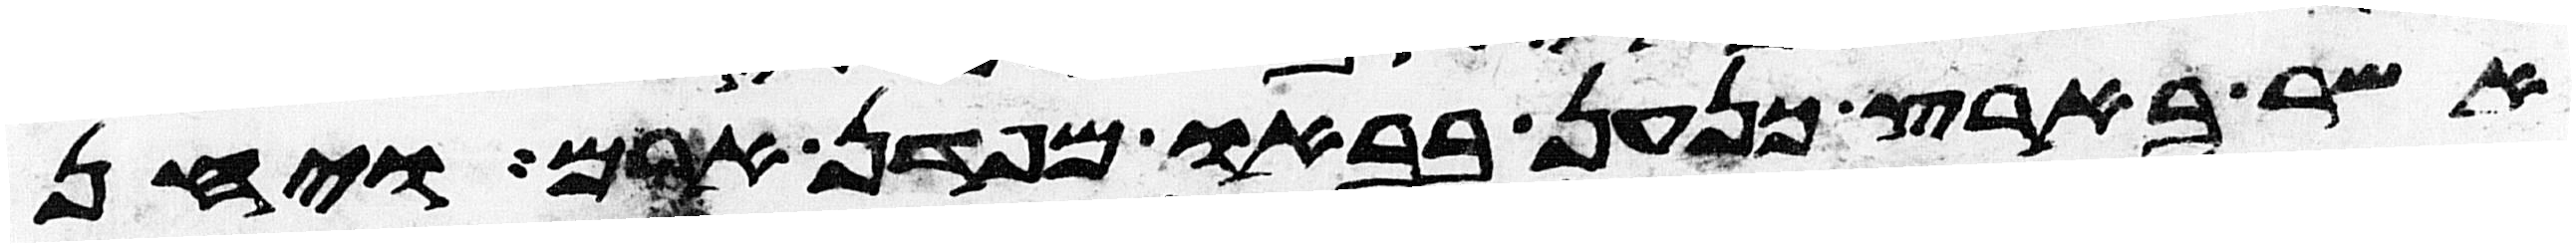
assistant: אשר בארץ כנען בבאו מפדן ארם ויחן